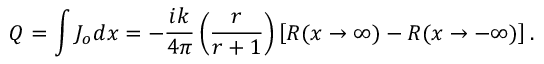
Q _ { } = \int J _ { o } d x = - \frac { i k } { 4 \pi } \left( \frac { r } { r + 1 } \right) \left[ R ( x \rightarrow \infty ) - R ( x \rightarrow - \infty ) \right] .